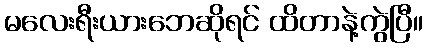
မလေးရီးယားဘေဆိုရင် ထိတာနဲ့ကွဲပြီ။